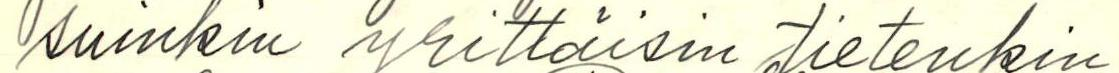
suinkin yrittäisin tietenkin